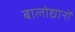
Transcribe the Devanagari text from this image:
बालोद्यानों